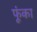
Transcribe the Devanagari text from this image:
फूंका